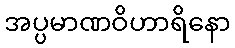
အပ္ပမာဏဝိဟာရိနော